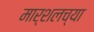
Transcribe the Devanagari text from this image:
मार्शलच्या